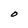
Character: O